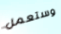
وستعمل